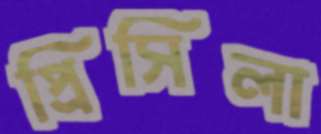
প্রিসিলা